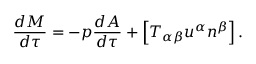
\frac { d M } { d \tau } = - p \frac { d { \cal A } } { d \tau } + \left[ T _ { \alpha \beta } u ^ { \alpha } n ^ { \beta } \right] .